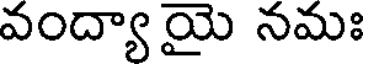
వంద్యా యై నమః